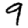
Digit: 9